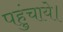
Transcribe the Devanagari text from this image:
पहुंचाये।